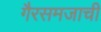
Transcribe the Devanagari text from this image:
गैरसमजाची